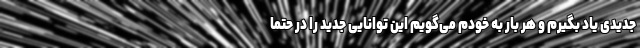
جدیدی یاد بگیرم و هر بار به خودم می‌گویم این توانایی جدید را در حتما